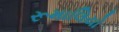
રૂમાલિયો